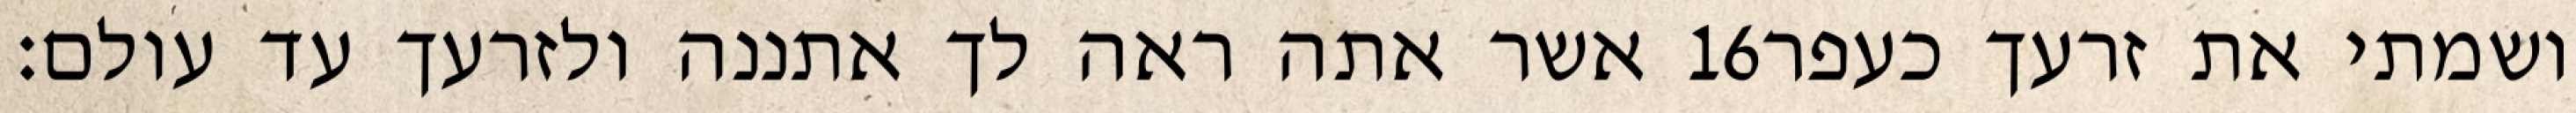
אשר אתה ראה לך אתננה ולזרעך עד עולם׃ ‎16‏ ושמתי את זרעך כעפר